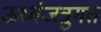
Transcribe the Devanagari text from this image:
ऊर्ध्वजत्रुगत